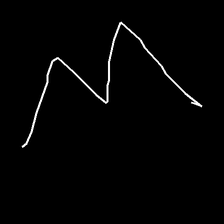
Glyph: crush